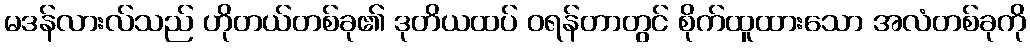
မဒန်လားလ်သည် ဟိုတယ်တစ်ခု၏ ဒုတိယထပ် ဝရန်တာတွင် စိုက်ထူထားသော အလံတစ်ခုကို